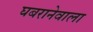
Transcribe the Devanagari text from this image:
घबरानेवाला